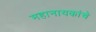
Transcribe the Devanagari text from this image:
महानायकांचे